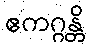
ဧကဂ္ဂန္တိ